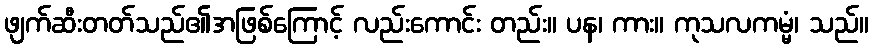
ဖျက်ဆီးတတ်သည်၏အဖြစ်ကြောင့် လည်းကောင်း တည်း။ ပန၊ ကား။ ကုသလကမ္မံ၊ သည်။